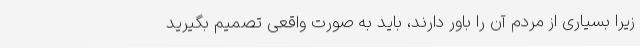
زیرا بسیاری از مردم آن را باور دارند، باید به صورت واقعی تصمیم بگیرید